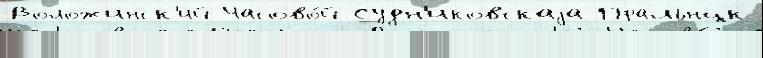
Воложинск'ий Часово́й Судн'иковскаjа Пральнцк